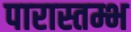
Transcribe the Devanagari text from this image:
पारास्तम्भ